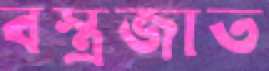
বস্ত্রজাত